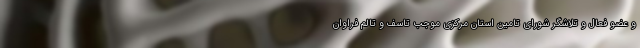
و عضو فعال و تلاشگر شورای تامین استان مرکزی موجب تاسف و تالم فراوان